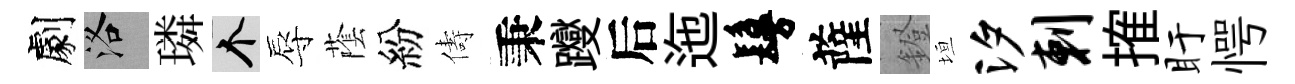
劇洛璘个辱䕃紛儔秉躞后迤鬘薩鐙垣汐剌搉盱愕